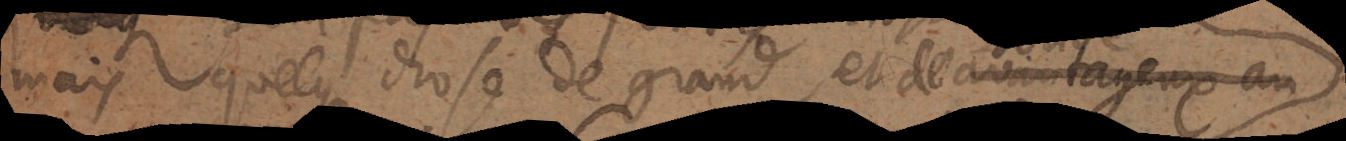
mais quelque chose de grand ,et de avantageux au